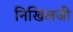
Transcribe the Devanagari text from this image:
निखिलजी